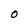
Character: O